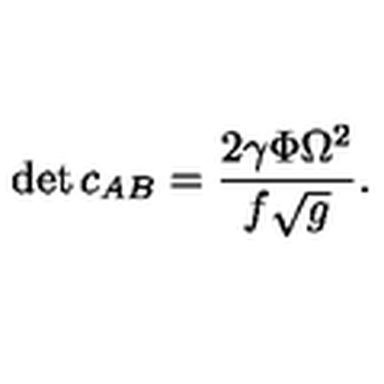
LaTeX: \det c _ { A B } = { \frac { 2 \gamma \Phi \Omega ^ { 2 } } { f \sqrt { g } } } .